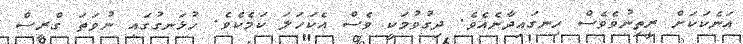
އަނެކަކަށް ރީތިނުވެވެސް ހިނގައިދާނެއެވެ. ދިގުވުމަކީ ވެސް އެކަހަލަ ކަމެކެވެ. ހުޅަނގުގައި ނުވަތަ ގްރީސް